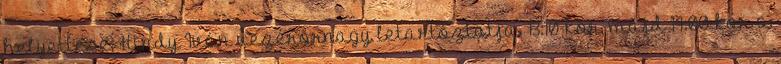
helyettese, Hindy Iván vezérõrnagy letartóztatja. 13:10-kor, majd 14:00-kor a